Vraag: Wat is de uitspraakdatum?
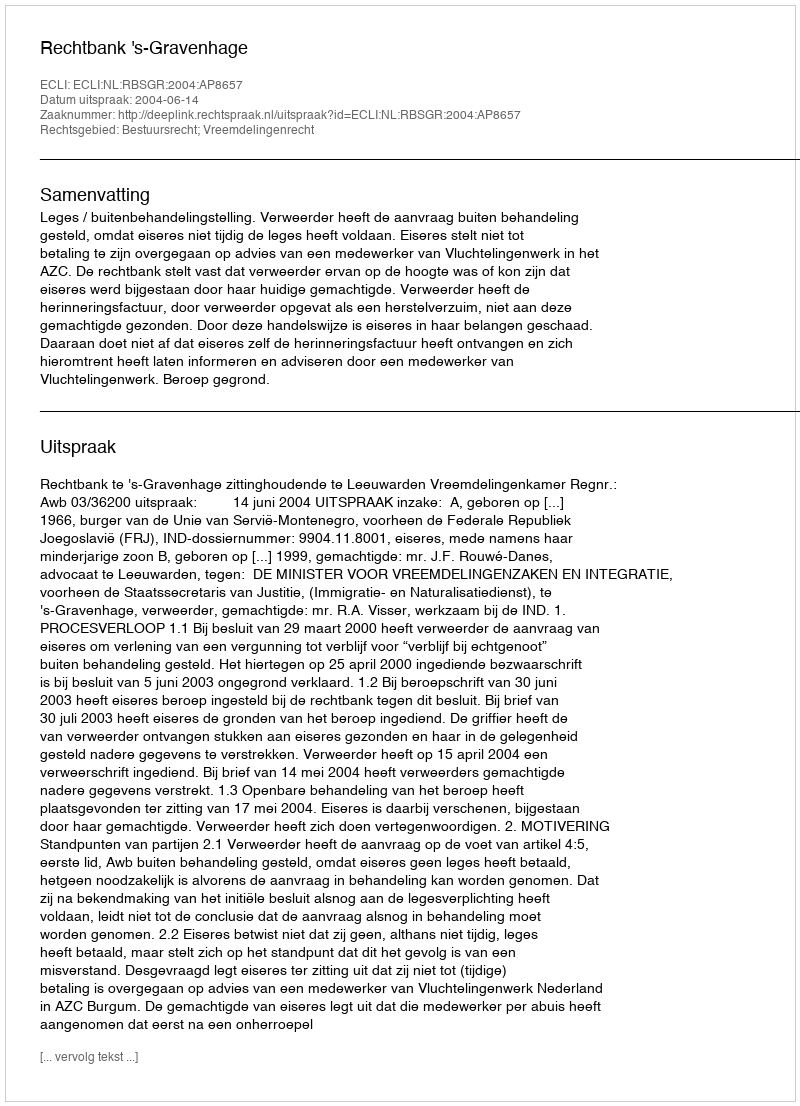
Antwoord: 2004-06-14